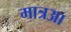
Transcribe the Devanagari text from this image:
मात्रआ